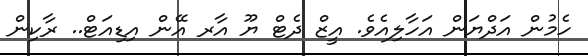
ހެމުން އަދްޔަން އަހާލިއެވެ. އީޒް ދެޓް ޔޫ އާރ އޭން އިޑިއަޓް.. ރާކިން